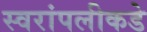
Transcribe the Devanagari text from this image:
स्वरांपलीकडे